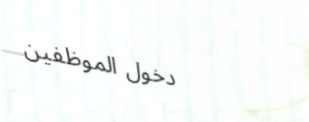
دخول الموظفين